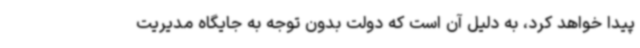
پیدا خواهد کرد، به دلیل آن است که دولت بدون توجه به جایگاه مدیریت